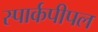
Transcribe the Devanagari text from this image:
स्पार्कपीपल